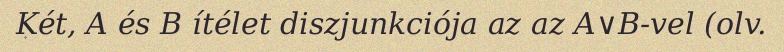
Két, A és B ítélet diszjunkciója az az A∨B-vel (olv.